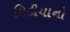
મિડીયાનો